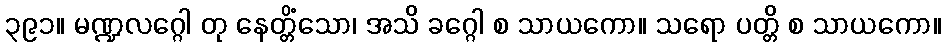
၃၉၁။ မဏ္ဍလဂ္ဂေါ တု နေတ္တိံသော၊ အသိ ခဂ္ဂေါ စ သာယကော။ သရော ပတ္တိ စ သာယကော။